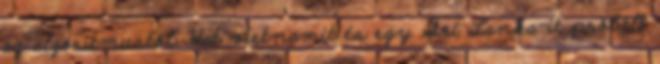
az algoritmustól. Hat vietnamit és egy Srí Lanka-it próbált